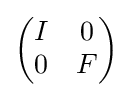
{\begin{pmatrix}I&0\\0&F\end{pmatrix}}